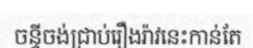
ចន្ទីចង់ជ្រាប់រឿងរ៉ាវនេះកាន់តែ